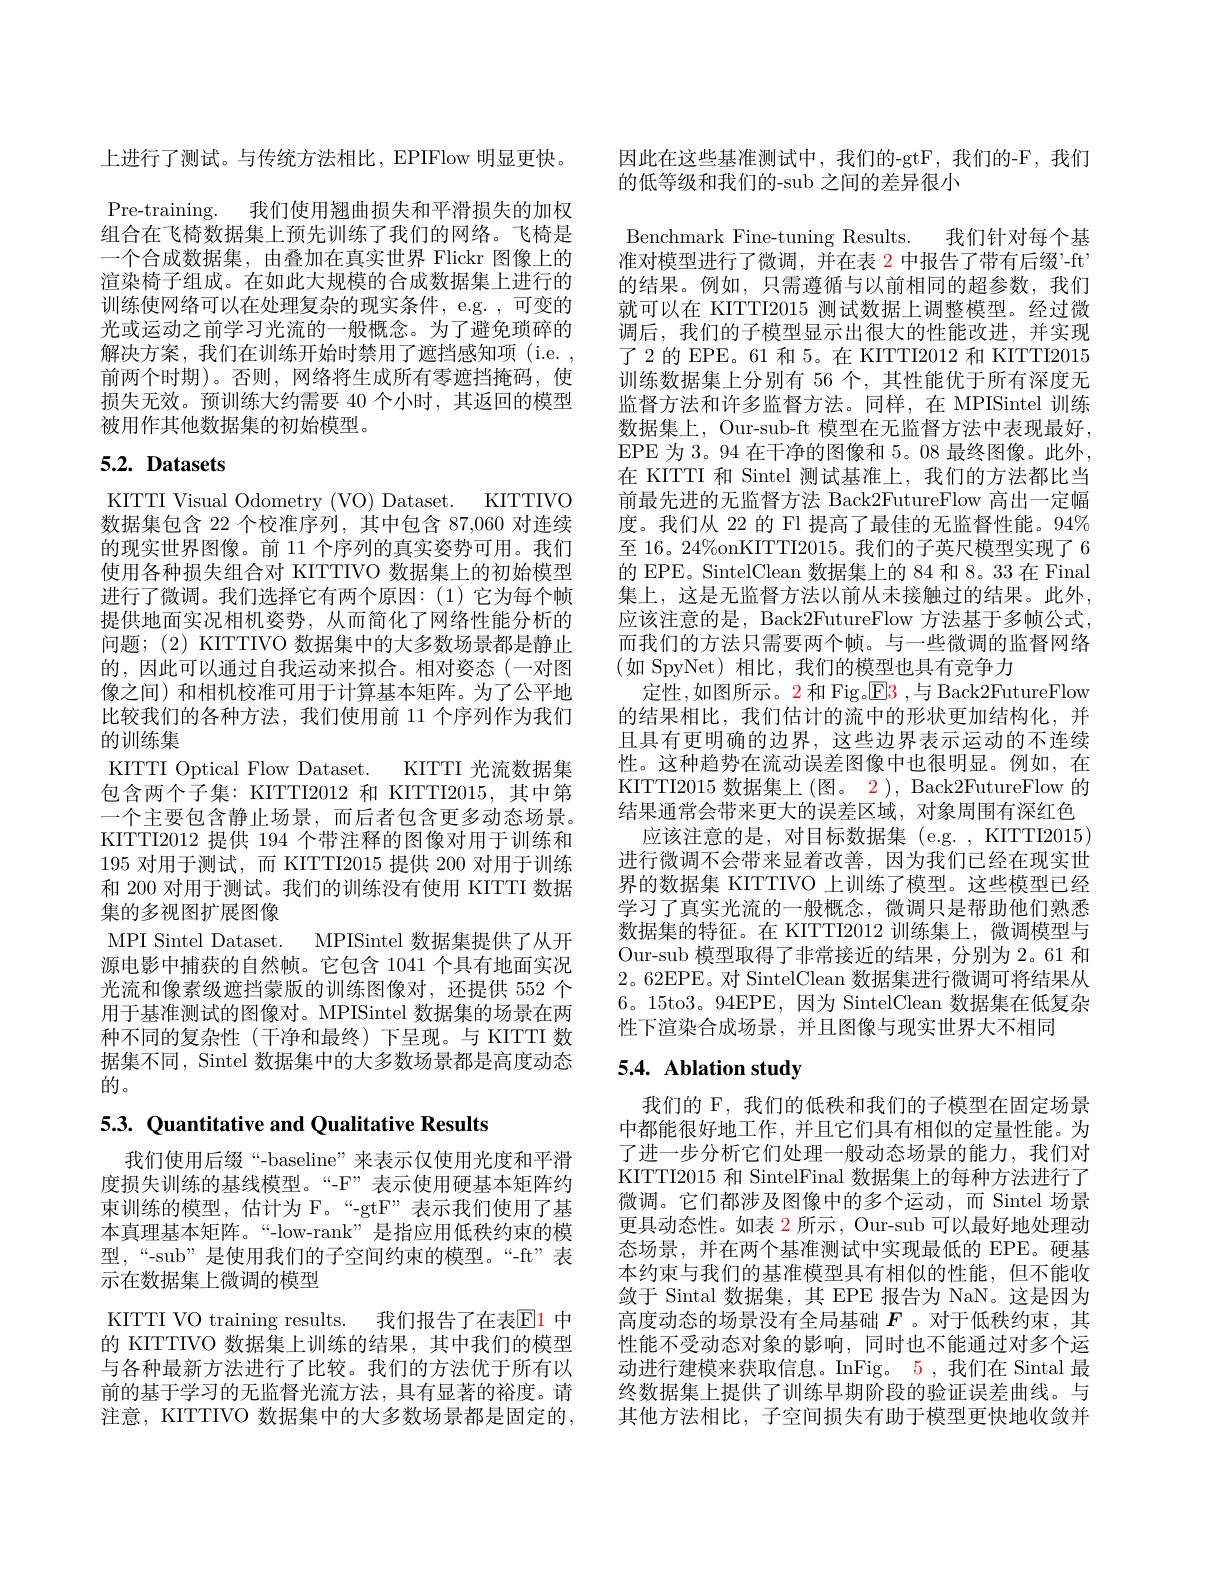
上进行了测试。与传统方法相比，EPIFlow 明显更快。Pre-training. 我们使用翘曲损失和平滑损失的加权组合在飞椅数据集上预先训练了我们的网络。飞椅是一个合成数据集，由叠加在真实世界 Flickr 图像上的渲染椅子组成。在如此大规模的合成数据集上进行的训练使网络可以在处理复杂的现实条件，e.g.,可变的光或运动之前学习光流的一般概念。为了避免琐碎的解决方案，我们在训练开始时禁用了遮挡感知项(i.e. , 前两个时期)。否则，网络将生成所有零遮挡掩码，使损失无效。预训练大约需要 40 个小时，其返回的模型被用作其他数据集的初始模型。

# $5. 2. \textbf{ Datasets}$

KITTTI Visual Odometry (VO) Dataset. KITTIVO 数据集包含 22 个校准序列，其中包含 87,060 对连续的现实世界图像。前 11 个序列的真实姿势可用。我们使用各种损失组合对 KITTIVO 数据集上的初始模型进行了微调。我们选择它有两个原因：(1)它为每个帧提供地面实况相机姿势，从而简化了网络性能分析的问题；(2) KITTIVO 数据集中的大多数场景都是静止的，因此可以通过自我运动来拟合。相对姿态(一对图像之间)和相机校准可用于计算基本矩阵。为了公平地比较我们的各种方法，我们使用前 11 个序列作为我们的训练集
KITTI Optical Flow Dataset. KITTI 光流数据集包含两个子集：KITTI2012 和 KITTI2015, 其中第一个主要包含静止场景，而后者包含更多动态场景。KITTI2012 提供 194 个带注释的图像对用于训练和195 对用于测试，而 KITTI2015 提供 200 对用于训练和 200 对用于测试。我们的训练没有使用 KITTI 数据集的多视图扩展图像
MPI Sintel Dataset. MPISintel 数据集提供了从开源电影中捕获的自然帧。它包含 1041 个具有地面实况光流和像素级遮挡蒙版的训练图像对，还提供 552 个用于基准测试的图像对。MPISintel 数据集的场景在两种不同的复杂性(干净和最终)下呈现。与 KITTI 数据集不同，Sintel 数据集中的大多数场景都是高度动态的。

5.3. Quantitative and Qualitative Results

我们使用后缀“-baseline”来表示仅使用光度和平滑度损失训练的基线模型。“-F”表示使用硬基本矩阵约束训练的模型，估计为 F。“-gtF”表示我们使用了基本真理基本矩阵。“-low-rank”是指应用低秩约束的模型，“-sub”是使用我们的子空间约束的模型。“-ft”表示在数据集上微调的模型
KITTI VO training results. 我们报告了在表$\color{#c00}{\mathrm{E}}\color{#c00}{\mathrm{1}}$ 中的 KITTIVO 数据集上训练的结果，其中我们的模型与各种最新方法进行了比较。我们的方法优于所有以前的基于学习的无监督光流方法，具有显著的裕度。请注意，KITTIVO 数据集中的大多数场景都是固定的，

因此在这些基准测试中，我们的-gtF,我们的-F,我们
的低等级和我们的-sub 之间的差异很小
Benchmark Fine-tuning Results. 我们针对每个基准对模型进行了微调，并在表 2 中报告了带有后缀’-ft’ 的结果。例如，只需遵循与以前相同的超参数，我们就可以在 KITTI2015 测试数据上调整模型。经过微调后，我们的子模型显示出很大的性能改进，并实现了2 的 EPE。61 和 5。在 KITTI2012 和 KITTI2015训练数据集上分别有 56 个，其性能优于所有深度无监督方法和许多监督方法。同样，在 MPISintel 训练数据集上，Our-sub-ft 模型在无监督方法中表现最好， EPE 为 3。94 在干净的图像和 5。08 最终图像。此外， 在 KITTI 和 Sintel 测试基准上，我们的方法都比当前最先进的无监督方法 Back2FutureFlow 高出一定幅度。我们从 22 的 Fl 提高了最佳的无监督性能。94% 至 16。24%onKITTI2015。我们的子英尺模型实现了 6的 EPE。SintelClean 数据集上的 84 和 8。33 在 Final 集上，这是无监督方法以前从未接触过的结果。此外， 应该注意的是，Back2FutureFlow 方法基于多帧公式， 而我们的方法只需要两个帧。与一些微调的监督网络(如 SpyNet)相比，我们的模型也具有竞争力
定性，如图所示。2 和 Fig.$\color{red}{E3}$,与 Back2FutureFlow 的结果相比，我们估计的流中的形状更加结构化，并且具有更明确的边界，这些边界表示运动的不连续性。这种趋势在流动误差图像中也很明显。例如，在KITTI2015 数据集上 (图。2 ), Back2FutureFlow 的结果通常会带来更大的误差区域，对象周围有深红色
应该注意的是，对目标数据集 (e.g. , KITTI2015) 进行微调不会带来显着改善，因为我们已经在现实世界的数据集 KITTIVO 上训练了模型。这些模型已经学习了真实光流的一般概念，微调只是帮助他们熟悉数据集的特征。在 KITTI2012 训练集上，微调模型与Our-sub 模型取得了非常接近的结果，分别为 2。61 和2。62EPE。对 SintelClean 数据集进行微调可将结果从6。15to3。94EPE,因为 SintelClean 数据集在低复杂性下渲染合成场景，并且图像与现实世界大不相同

# 5.4. Ablation study

我们的 F, 我们的低秩和我们的子模型在固定场景中都能很好地工作，并且它们具有相似的定量性能。为了进一步分析它们处理一般动态场景的能力，我们对KITTI2015 和 SintelFinal 数据集上的每种方法进行了微调。它们都涉及图像中的多个运动，而 Sintel 场景更具动态性。如表 2 所示，Our-sub 可以最好地处理动态场景，并在两个基准测试中实现最低的 EPE。硬基本约束与我们的基准模型具有相似的性能，但不能收敛于 Sintal 数据集，其 EPE 报告为 NaN。这是因为高度动态的场景没有全局基础$F$ 。对于低秩约束，其性能不受动态对象的影响，同时也不能通过对多个运动进行建模来获取信息。InFig。5 , 我们在 Sintal 最终数据集上提供了训练早期阶段的验证误差曲线。与其他方法相比，子空间损失有助于模型更快地收敛并